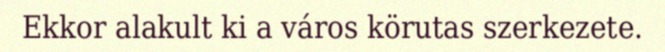
Ekkor alakult ki a város körutas szerkezete.